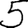
Digit: 5